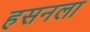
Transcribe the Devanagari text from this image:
हसनला